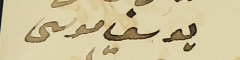
يوسف موسى